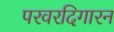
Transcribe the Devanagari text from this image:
परवरदिगारन